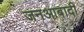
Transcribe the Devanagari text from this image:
जनआबादी